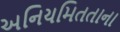
અનિયમિતતાના